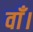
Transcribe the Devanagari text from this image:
वाँ।